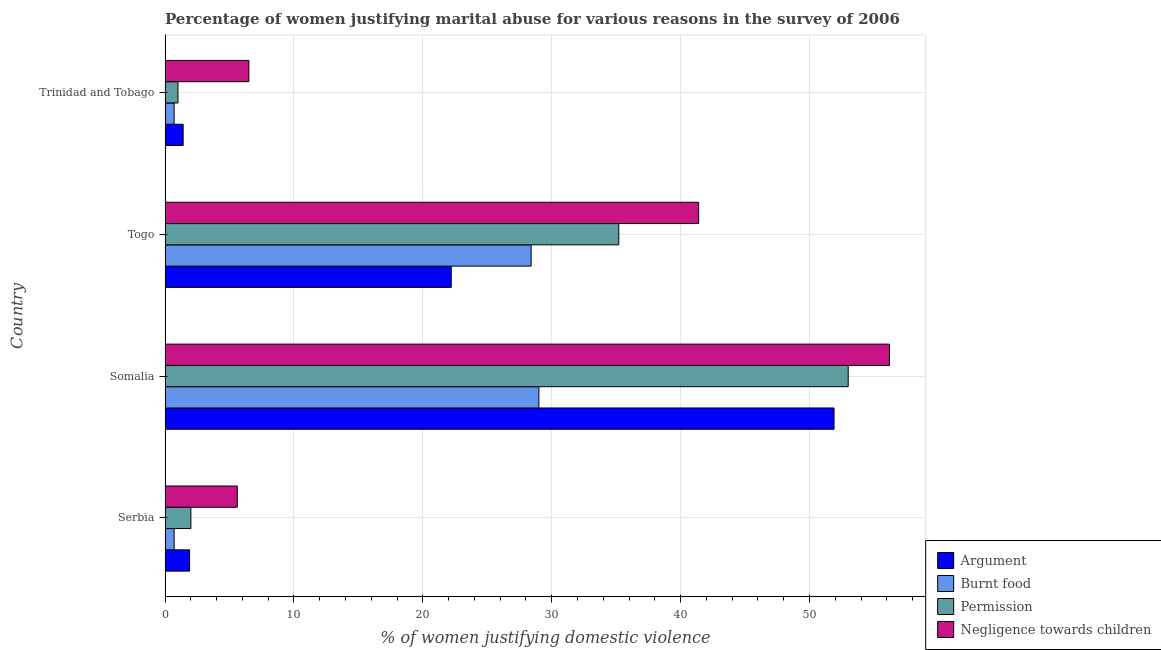
| Country | Argument | Burnt food | Permission | Negligence towards children |
 | --- | --- | --- | --- | --- |
 | Serbia | 1.9 | 0.7 | 2 | 5.6 |
 | Somalia | 51.9 | 29 | 53 | 56.2 |
 | Togo | 22.2 | 28.4 | 35.2 | 41.4 |
 | Trinidad and Tobago | 1.4 | 0.7 | 1 | 6.5 |